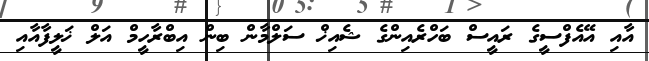
އާއި އޭއެފްސީގެ ރައީސް ބަހްރެއިންގެ ޝެއިޚް ސަލްމާން ބިން އިބްރާހީމް އަލް ޚަލީފާއާއި